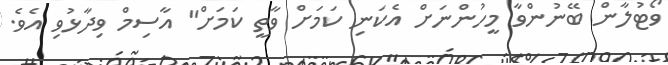
ވޯޓުލާން ބޭނުންވާ މީހުންނަށް އެކަނި ކަމަށް ވާތީ ކަމަށް" އާސިމް ވިދާޅުވި އެވެ.